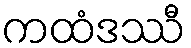
ကထံဒဿီ